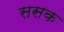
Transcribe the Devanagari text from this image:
ससक